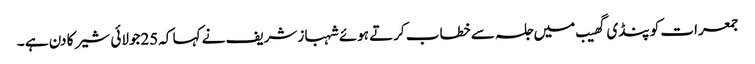
جمعرات کو پنڈی گھیب میں جلسہ سے خطاب کرتے ہوئے شہباز شریف نے کہا کہ25جولائی شیر کا دن ہے ۔